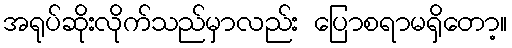
အရုပ်ဆိုးလိုက်သည်မှာလည်း ပြောစရာမရှိတော့။